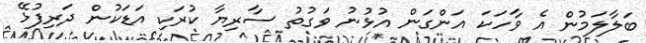
ބަލާލަމުން އެ ވާހަކަ އަންގަން އުޅުނު ވަގުތު ސާރިޔާ ކުރަކި އަޑަކުން ދަރިފުޅޭ